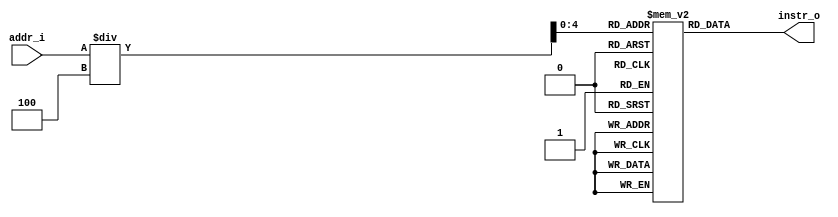
//109550070
`timescale 1ns / 1ps
//Subject:     CO project 4 - Instruction Memory
//--------------------------------------------------------------------------------
//Version:     1
//--------------------------------------------------------------------------------
//Writer:      
//----------------------------------------------
//Date:        
//----------------------------------------------
//Description: 
//--------------------------------------------------------------------------------
module Instruction_Memory(
    addr_i,
    instr_o
    );

// Interface
input   [31:0]  addr_i;
output [31:0]  instr_o;


// Instruction File
reg     [31:0]  instruction_file    [0:31];

assign instr_o = instruction_file[addr_i/4];

//always @(addr_i) begin
//	$display("instruction= ", instr_o[31:26]);
//end
endmodule